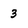
Character: 3